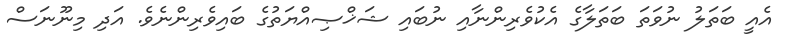
އެއީ ބަތަލު ނުވަތަ ބަތަލާގެ އެކުވެރިންނާއި ނުބައި ޝަޚްޞިއްޔަތުގެ ބައިވެރިންނެވެ. އަދި މިނޫނަސް